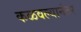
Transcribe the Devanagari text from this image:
कळवल्यानंतर